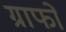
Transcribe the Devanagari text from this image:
ग्राफों